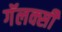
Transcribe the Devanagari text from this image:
गॅलक्सी